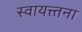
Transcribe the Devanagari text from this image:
स्वायत्त्तना